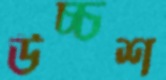
উচ্চশ